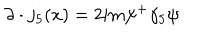
\partial \cdot j _ { 5 } ( x ) = 2 \mathrm { i } m \psi ^ { + } \gamma _ { 5 } \psi